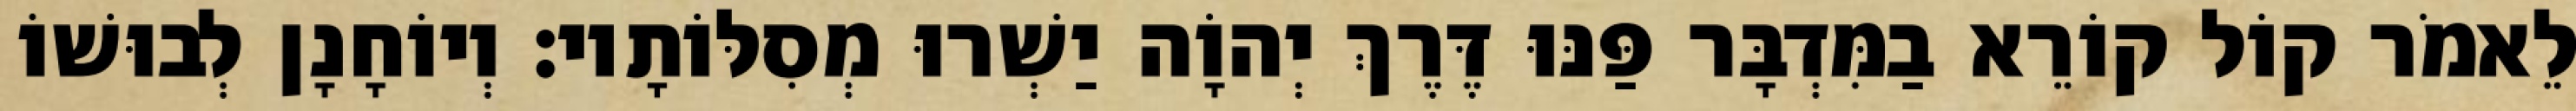
לֵאמֹר קוֹל קוֹרֵא בַמִּדְבָּר פַּנּוּ דֶּרֶךְ יְהוָֹה יַשְׁרוּ מְסִלּוֹתָיו׃ וְיוֹחָנָן לְבוּשׁוֹ